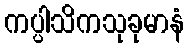
ကပ္ပါသိကသုခုမာနံ